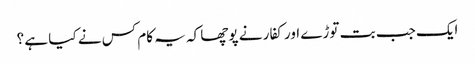
ایک جب بت توڑے اور کفار نے پوچھا کہ یہ کام کس نے کیا ہے ؟